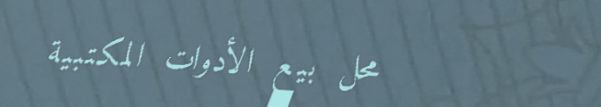
محل بيع الأدوات المكتبية